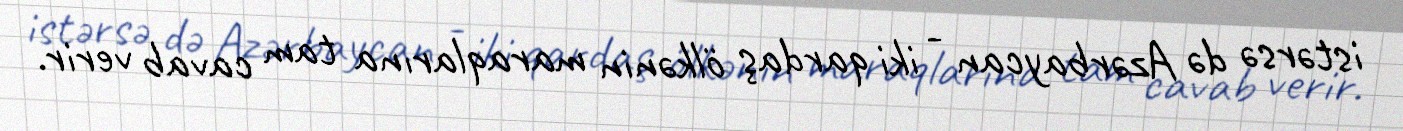
istərsə də Azərbaycan - iki qardaş ölkənin maraqlarına tam cavab verir.